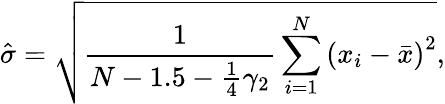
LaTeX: {\hat{\sigma}}={\sqrt{{\frac{1}{N-1.5-{\frac{1}{4}}\gamma_{2}}}\sum_{i=1}^{N}\left(x_{i}-{\bar{x}}\right)^{2}}},